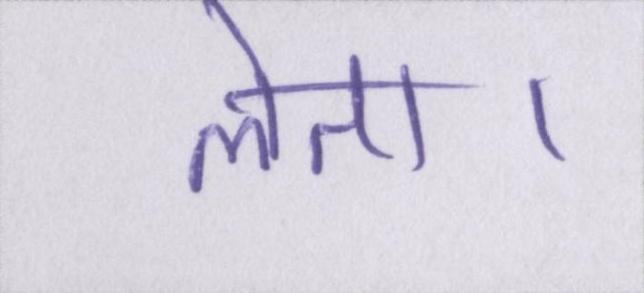
लेता।